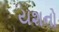
યશનો